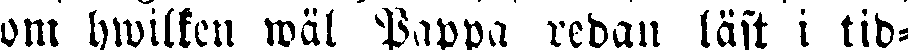
om hwilken wäl Pappa redan läst i tid-